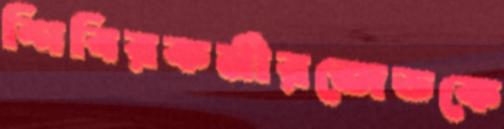
শিবিরকর্মীরজেডকে